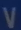
V